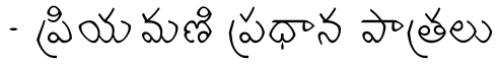
- ప్రియమణి ప్రధాన పాత్రలు